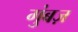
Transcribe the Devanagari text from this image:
गुंबज़